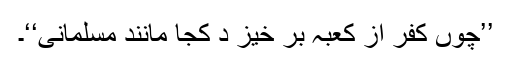
’’چوں کفر از کعبہ بر خیز د کجا مانند مسلمانی‘‘۔